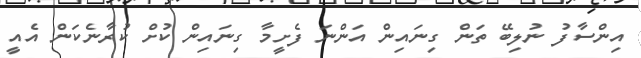
އިންސާފު ނުލިބޭ ތަން ގިނައިން އަންނަ ފެށީމާ ގިނައިން ކުށް ކުރާނެކަން އެއީ